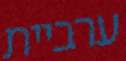
ערביית